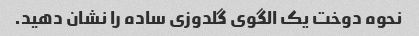
نحوه دوخت یک الگوی گلدوزی ساده را نشان دهید.